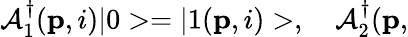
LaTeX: \mathcal{A}_{1}^{\dagger}({\mathbf{p}},i)|0>=|1({\mathbf{p}},i)>,\ \ \ \ \mathcal{A}_{2}^{\dagger}({\mathbf{p},}